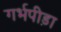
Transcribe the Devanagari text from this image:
गर्भपीड़ा